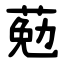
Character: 葂